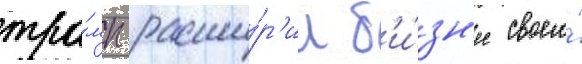
тра́мп расши́р'ил б'и́зн'ес своего́